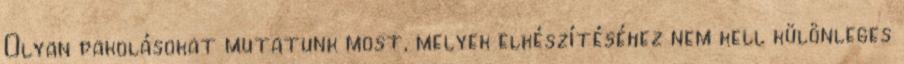
Olyan pakolásokat mutatunk most, melyek elkészítéséhez nem kell különleges